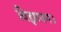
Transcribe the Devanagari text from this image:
विज्ञापन।